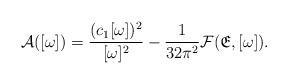
LaTeX: \begin{align*}\mathcal{A}([\omega])=\frac{(c_1[\omega])^2}{[\omega]^2}-\frac{1}{32\pi^2}\mathcal{F}(\mathfrak{E},[\omega]).\end{align*}